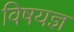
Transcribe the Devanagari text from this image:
विषयज्ञ